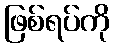
ဖြစ်ရပ်ကို